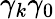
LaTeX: \gamma_{k}\gamma_{0}